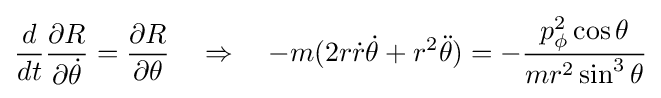
{\frac {d}{dt}}{\frac {\partial R}{\partial {\dot {\theta }}}}={\frac {\partial R}{\partial \theta }}\quad \Rightarrow \quad -m(2r{\dot {r}}{\dot {\theta }}+r^{2}{\ddot {\theta }})=-{\frac {p_{\phi }^{2}\cos \theta }{mr^{2}\sin ^{3}\theta }}